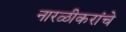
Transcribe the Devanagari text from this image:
नारळीकरांचे